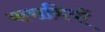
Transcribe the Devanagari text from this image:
करानियों